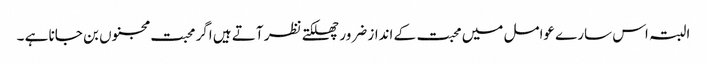
البتہ اس سارے عوامل میں محبت کے انداز ضرور چھلکتے نظر آتے ہیں اگر محبت مجنوں بن جانا ہے ۔